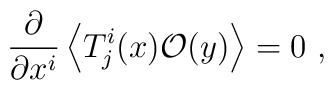
\frac{\partial}{\partial x^i} \left\langle T^i_j (x) \mathcal{O}(y)  \right\rangle =0~,